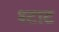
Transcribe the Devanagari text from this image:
श्टाट